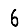
Digit: 6